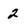
Character: 2